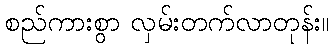
စည်ကားစွာ လှမ်းတက်လာတုန်း။